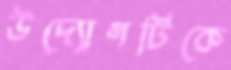
উদ্যোগটিকে